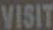
VISIT